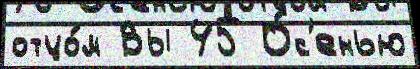
отцо́м Вы 45 О́с'енью